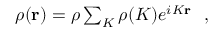
\begin{array} { r } { \rho ( { \bf r } ) = \rho \sum _ { \cal K } \rho ( { \cal K } ) e ^ { i { \cal K } { \bf r } } ~ ~ , } \end{array}